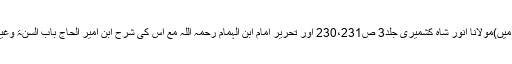
چنانچہ فیض الباری شرح بخاری(میں)مولانا انور شاہ کشمیری جلد3 ص230،231 اور تحریر امام ابن الہمام رحمہ اللہ مع اس کی شرح ابن امیر الحاج باب السنۃ وغیرہ میں اس کی تفصیل موجود ہے۔